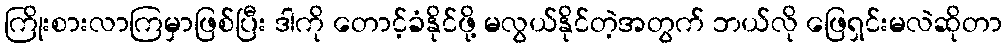
ကြိုးစားလာကြမှာဖြစ်ပြီး ဒါကို တောင့်ခံနိုင်ဖို့ မလွယ်နိုင်တဲ့အတွက် ဘယ်လို ဖြေရှင်းမလဲဆိုတာ